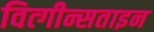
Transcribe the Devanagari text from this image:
वित्गीन्सताइन